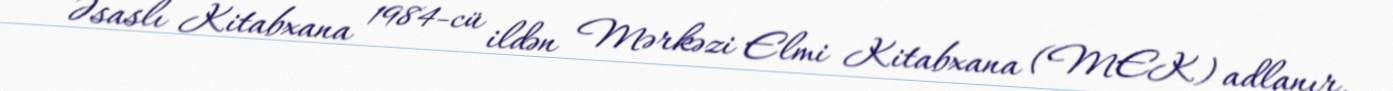
Əsaslı Kitabxana 1984-cü ildən Mərkəzi Elmi Kitabxana (MEK) adlanır.